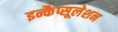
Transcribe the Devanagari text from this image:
इन्कैप्सूलेशन